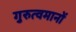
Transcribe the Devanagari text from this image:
गुरुत्वमानों